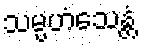
သမ္ပဟံသေန္တံ